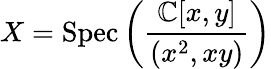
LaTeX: X={\mathrm{Spec}}\left({\frac{\mathbb{C}[x,y]}{(x^{2},xy)}}\right)